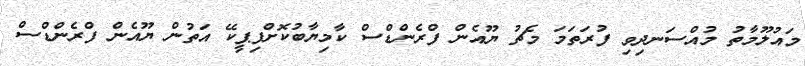
މައުލޫމާތު މުއްސަނދިވި ފުރަތަމަ މެޗު ޔޫއެން ފްރެންޑްސް ކާމިޔާބުކޮށްފިޕީކޭ އަތުން ޔޫއެން ފްރެންޑްސް